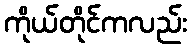
ကိုယ်တိုင်ကလည်း